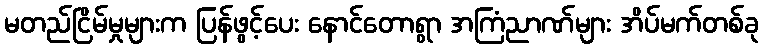
မတည်ငြိမ်မှုများက ပြန်ဖွင့်ပေး နောင်တောရွာ အကြံညာဏ်များ အိပ်မက်တစ်ခု